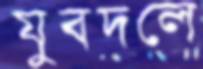
যুবদলে